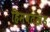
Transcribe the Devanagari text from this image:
हिमवतखंड